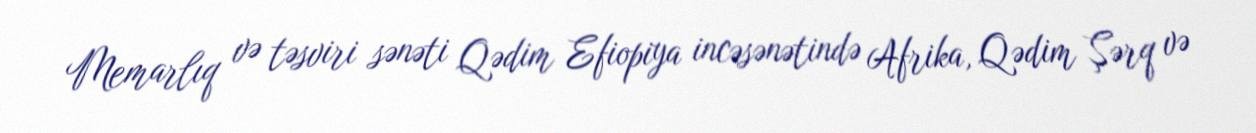
Memarlıq və təsviri sənəti Qədim Efiopiya incəsənətində Afrika, Qədim Şərq və